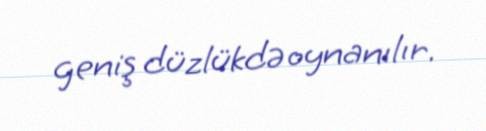
geniş düzlükdə oynanılır.